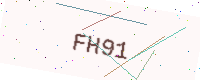
Text: FH91